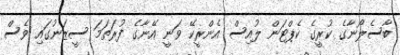
ބާސެލޯނާގެ ކުރީގެ ކެޕްޓަން ލުއިސް އެންރީކޭ ވަނީ އޭނާގެ ފުރަތަމަ ސީޒަނުގައި ވެސް